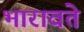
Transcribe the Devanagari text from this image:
भारावते